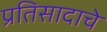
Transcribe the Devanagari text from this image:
प्रतिसादाचे